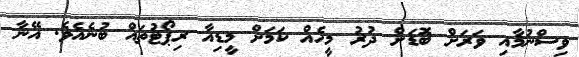
ވިސްނުމާއި ވަރަށް ބޮޑަށް ދުރު މީހެއް ކަމަށް މީޑިއާ ރިޕޯޓުތައް ބުނެއެވެ. އޭނާ